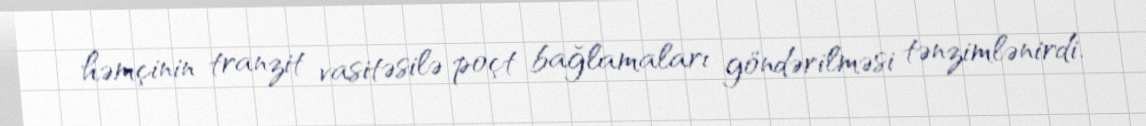
həmçinin tranzit vasitəsilə poçt bağlamaları göndərilməsi tənzimlənirdi.